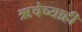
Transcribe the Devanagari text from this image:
ऋचेच्याही